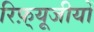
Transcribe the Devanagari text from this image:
रिफ़्यूजीयों